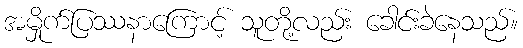
အမှိုက်ပြဿနာကြောင့် သူတို့လည်း ခေါင်းခဲနေသည်။